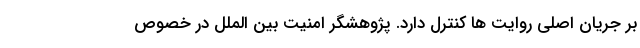
بر جریان اصلی روایت ها کنترل دارد. پژوهشگر امنیت بین الملل در خصوص